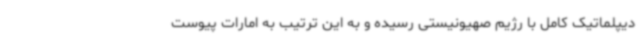
دیپلماتیک کامل با رژیم صهیونیستی رسیده و به این ترتیب به امارات پیوست